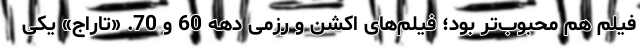
فیلم هم محبوب‌تر بود؛ فیلم‌های اکشن و رزمی دهه 60 و 70. «تاراج» یکی